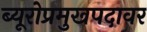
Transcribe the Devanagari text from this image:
ब्यूरोप्रमुखपदावर